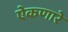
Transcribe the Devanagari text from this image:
ऐकणारे